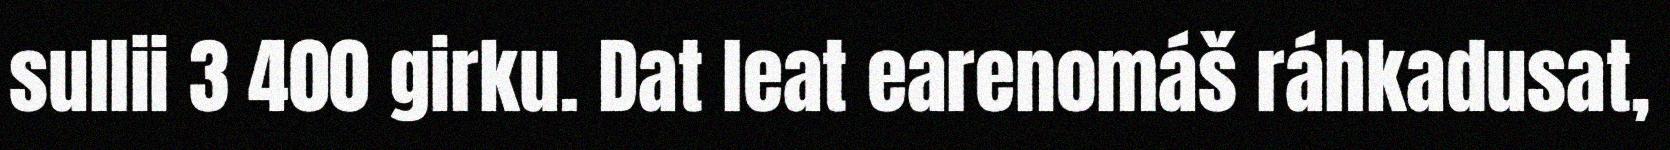
sullii 3 400 girku. Dat leat earenomáš ráhkadusat,